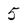
Character: 5